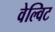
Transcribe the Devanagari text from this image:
वेल्विट